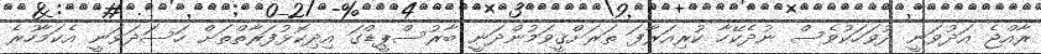
ރާއްޖެ އަދުވަނީ ދުވަހަކުވެސް ނުދެކޭހާ ކުރިއަރާފަ ތަރަށްޤީވަމުންދަނީ ބާރުސްޕީޑްގަ އިދިކޮޅުފަރާތްތަށް ހަސަދަވަނީ އެކަމާހުރެ